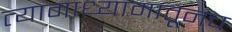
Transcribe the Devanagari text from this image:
त्यामाध्यामातूनच